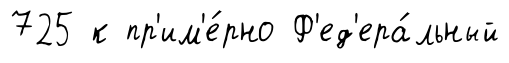
725 к пр'им'е́рно Ф'ед'ера́льный